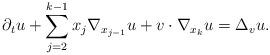
LaTeX: \begin{align*} \partial_t u + \sum_{j = 2}^{k-1} x_{j} \nabla_{x_{j-1}} u + v \cdot \nabla_{x_k} u = \Delta_v u.\end{align*}